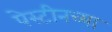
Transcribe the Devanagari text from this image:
पेस्टीनच्या